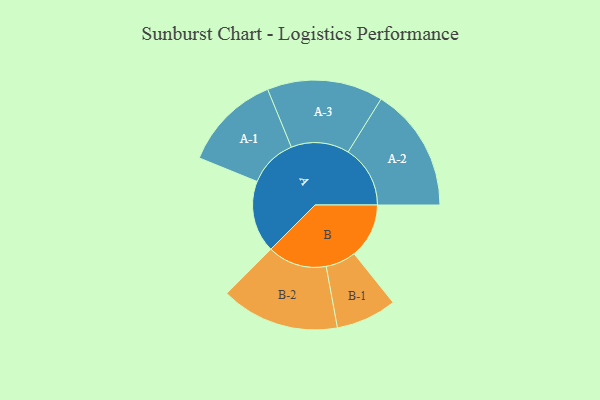
{"axis": {"x": "Segment", "y": "Value"}, "legend": ["", "A", "B"], "data": [{"x": "A", "y": 296, "type": ""}, {"x": "B", "y": 226, "type": ""}, {"x": "A-1", "y": 201, "type": "A"}, {"x": "A-2", "y": 256, "type": "A"}, {"x": "A-3", "y": 239, "type": "A"}, {"x": "B-1", "y": 125, "type": "B"}, {"x": "B-2", "y": 244, "type": "B"}]}